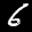
Label: 6